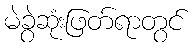
မဲခွဲဆုံးဖြတ်ရာတွင်